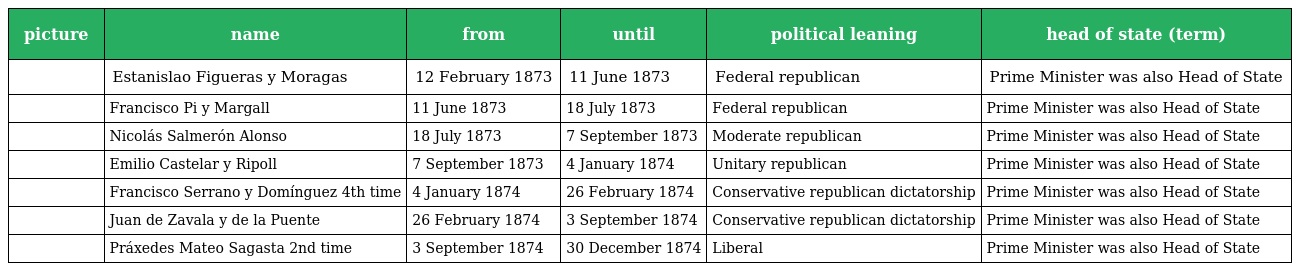
| picture | name | from | until | political leaning | head of state (term) |
 | --- | --- | --- | --- | --- | --- |
 |  | Estanislao Figueras y Moragas | 12 February 1873 | 11 June 1873 | Federal republican | Prime Minister was also Head of State |
 |  | Francisco Pi y Margall | 11 June 1873 | 18 July 1873 | Federal republican | Prime Minister was also Head of State |
 |  | Nicolás Salmerón Alonso | 18 July 1873 | 7 September 1873 | Moderate republican | Prime Minister was also Head of State |
 |  | Emilio Castelar y Ripoll | 7 September 1873 | 4 January 1874 | Unitary republican | Prime Minister was also Head of State |
 |  | Francisco Serrano y Domínguez 4th time | 4 January 1874 | 26 February 1874 | Conservative republican dictatorship | Prime Minister was also Head of State |
 |  | Juan de Zavala y de la Puente | 26 February 1874 | 3 September 1874 | Conservative republican dictatorship | Prime Minister was also Head of State |
 |  | Práxedes Mateo Sagasta 2nd time | 3 September 1874 | 30 December 1874 | Liberal | Prime Minister was also Head of State |